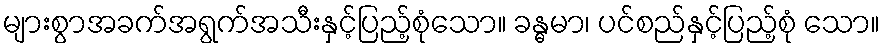
များစွာအခက်အရွက်အသီးနှင့်ပြည့်စုံသော။ ခန္ဓမာ၊ ပင်စည်နှင့်ပြည့်စုံ သော။